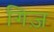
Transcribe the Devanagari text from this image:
गिज़